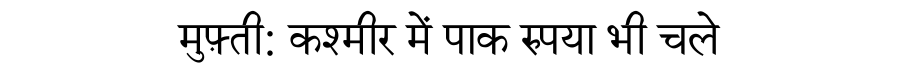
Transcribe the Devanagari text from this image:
मुफ़्ती: कश्मीर में पाक रुपया भी चले